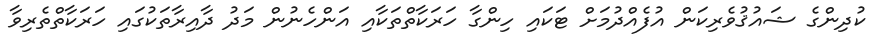
ކުދިންގެ ޝައުޤުވެރިކަން އުފެއްދުމަށް ޓަކައި ހިންގާ ހަރަކާތްތަކާއި އަންހެނުން މަދު ދާއިރާތަކުގައި ހަރަކާތްތެރިވާ